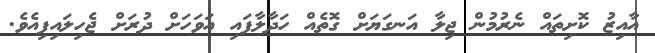
އާއިޒު ކޮށިތައް ނެރުމުން ޖިލާ އަނގަޔަށް ގޮތެއް ހަދާލާފައި އަވަހަށް ދުރަށް ޖެހިލައިފިއެވެ.